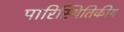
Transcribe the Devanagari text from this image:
पारिस्‍थितिकीय